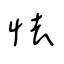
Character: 怯